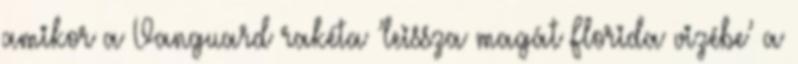
amikor a Vanguard rakéta ’leissza magát Florida vizébe’ a